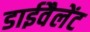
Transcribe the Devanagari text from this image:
डाईवैलेंट